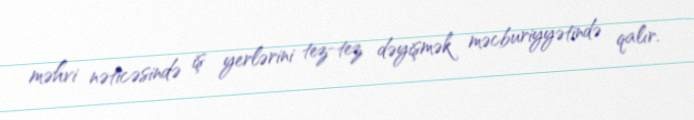
məhvi nəticəsində iş yerlərini tez-tez dəyişmək məcburiyyətində qalır.